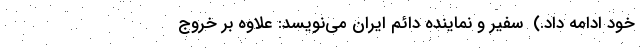
خود ادامه داد.)  سفیر و نماینده دائم ایران می‌نویسد: علاوه بر خروج